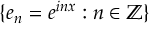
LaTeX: \{ e _ { n } = e ^ { i n x } : n \in \mathbb { Z } \}